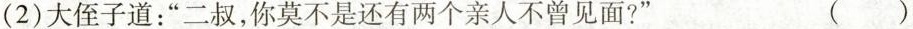
(2)大侄子道：”二叔，你莫不是还有两个亲人不曾见面?” ( )